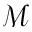
\mathcal { M }